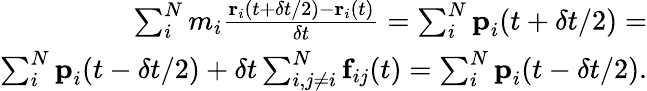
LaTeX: \begin{array}{r}{\sum_{i}^{N}m_{i}\frac{\textbf{r}_{i}(t+\delta t/2)-\textbf{r}_{i}(t)}{\delta t}=\sum_{i}^{N}\textbf{p}_{i}(t+\delta t/2)=}\\ {\sum_{i}^{N}\textbf{p}_{i}(t-\delta t/2)+\delta t\sum_{i,j\neq i}^{N}\textbf{f}_{ij}(t)=\sum_{i}^{N}\textbf{p}_{i}(t-\delta t/2).}\end{array}